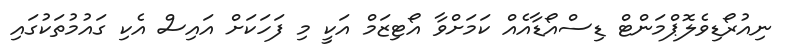
ނިއުރޯޑިވެލޮޕްމަންޓް ޑިސްއޯޑާއެއް ކަމަށްވާ އޯޓިޒަމް އަކީ މި ފަހަކަށް އައިސް އެކި ގައުމުތަކުގައި